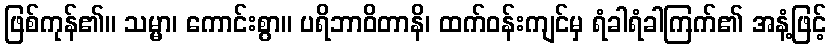
ဖြစ်ကုန်၏။ သမ္မာ၊ ကောင်းစွာ။ ပရိဘာဝိတာနိ၊ ထက်ဝန်းကျင်မှ ရံခါရံခါကြက်၏ အနံ့ဖြင့်